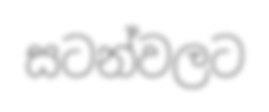
සටන්වලට